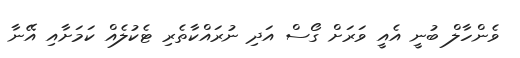
ވެންހާލް ބުނީ އެއީ ވަރަށް ގޯސް އަދި ނުރައްކާތެރި ޓެކުލެއް ކަމަށާއި އޭނާ